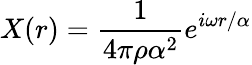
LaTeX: X(r)=\frac{1}{4\pi\rho\alpha^{2}}e^{i\omega r/\alpha}